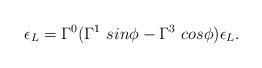
LaTeX: \begin{align*}\epsilon_L = \Gamma^0(\Gamma^1~sin\phi - \Gamma^3~cos\phi)\epsilon_L.\end{align*}